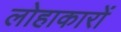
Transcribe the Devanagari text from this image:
लोहाकारों